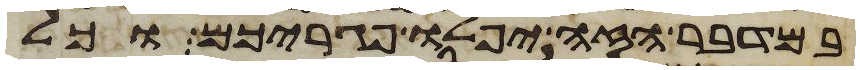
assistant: במדבר הזה יפלו פגריכם וכל